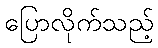
ပြောလိုက်သည့်